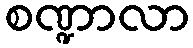
စဏ္ဍာလာ